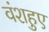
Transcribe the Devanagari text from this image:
वंशहुए